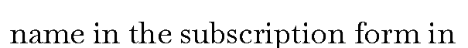
name in the subscription form in